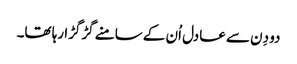
دو دِن سے عادل اُن کے سامنے گڑگڑا رہا تھا۔